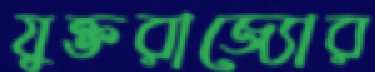
যুক্তরাজ্যোর